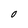
Character: O